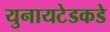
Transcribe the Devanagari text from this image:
युनायटेडकडे